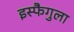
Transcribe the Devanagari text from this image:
इस्फैगुला